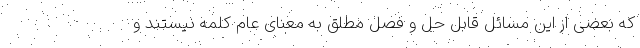
که بعضی از این مسائل قابل حل و فصل مطلق به معنای عام کلمه نیستند و